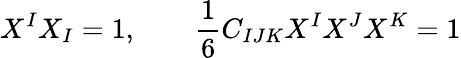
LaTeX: X^{I}X_{I}=1,\qquad{\frac{1}{6}}C_{IJK}X^{I}X^{J}X^{K}=1